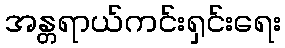
အန္တရာယ်ကင်းရှင်းရေး